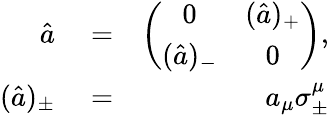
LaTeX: \begin{array}{rlr}{\hat{a}}&{{}=}&{\left(\begin{array}{cc}{0}&{(\hat{a})_{+}}\\ {(\hat{a})_{-}}&{0}\end{array}\right),}\\ {(\hat{a})_{\pm}}&{{}=}&{a_{\mu}\sigma_{\pm}^{\mu}}\end{array}